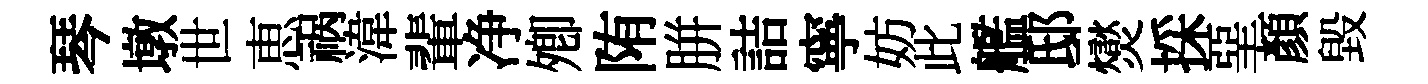
琴墩世恵祸湋輩净𡖖陏胼詰寧妨此艦邸爕採堊顏毀